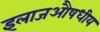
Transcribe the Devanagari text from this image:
इलाजऔषधीय